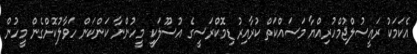
އެކަމަކު ރައީސުލްޖުމްހުރިއްޔާ މަސައްކަތް ކުރާއިރު ޑިމޮކްރަސީގެ އުސޫލަކީ މީހުންނާ ކަންކަން ހަވާލުކޮށްގެން މީހުން